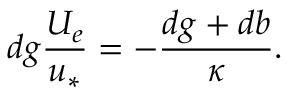
d g \frac { U _ { e } } { u _ { * } } = - \frac { d g + d b } { \kappa } .